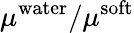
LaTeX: \mu^{\mathrm{water}}/\mu^{\mathrm{soft}}